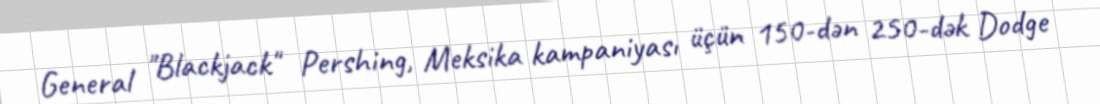
General "Blackjack" Pershing, Meksika kampaniyası üçün 150-dən 250-dək Dodge